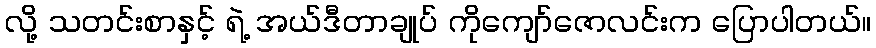
လို့ သတင်းစာနှင့် ရဲ့ အယ်ဒီတာချုပ် ကိုကျော်ဇောလင်းက ပြောပါတယ်။